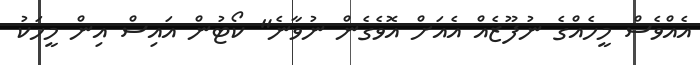
އެއްވެސް މީހެއްގެ ނުފޫޒެއް އެއަށް އޮވެގެން ނުވާނެ" ކޯޓުން އައިސް އިން މީހަކު